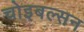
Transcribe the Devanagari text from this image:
चोइबल्सन